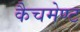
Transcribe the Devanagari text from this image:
कैचमेण्ट